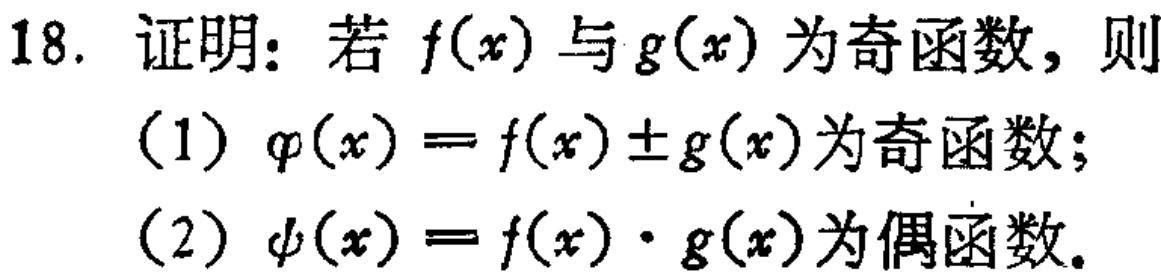
18. 证明：若 \(f(x)\) 与 \(g(x)\) 为奇函数，则

(1) \(\varphi(x)=f(x)\pm g(x)\)为奇函数；

(2) \(\psi(x)=f(x)\cdot g(x)\)为偶函数。